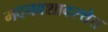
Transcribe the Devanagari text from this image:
मदनवशावस्थेत